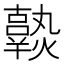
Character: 𤒒